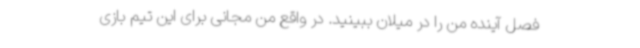
فصل آینده من را در میلان ببینید. در واقع من مجانی برای این تیم بازی